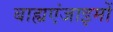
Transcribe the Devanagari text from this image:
बाह्यएंजाइमों